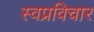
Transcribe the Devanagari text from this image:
स्वप्रविचार